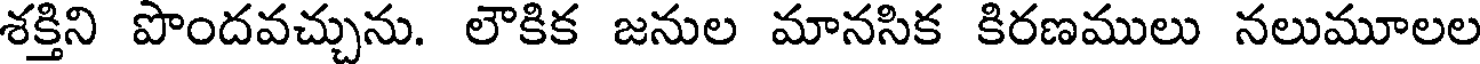
శక్తిని పొందవచ్చును. లౌకిక జనుల మానసిక కిరణములు నలుమూలల